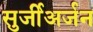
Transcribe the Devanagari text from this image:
सुर्जीअर्जन